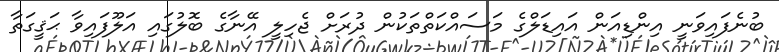
ބުނެފައިވަނީ އިންޑިއަން އައިޑަލްގެ މަސައްކަތްތަކުން ދުރަށް ޖެހިލީ އޭނާގެ ބޮލުގައި އަލޫފައިވާ ޙަޤީގަތާ